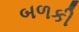
બળકી